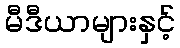
မီဒီယာများနှင့်